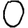
Digit: 0